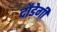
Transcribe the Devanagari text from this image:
दौड़ेगी